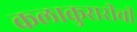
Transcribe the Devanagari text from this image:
कलाकुसरीची